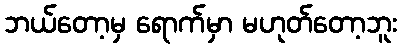
ဘယ်တော့မှ ရောက်မှာ မဟုတ်တော့ဘူး